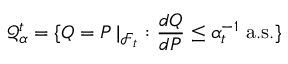
{ \mathcal { Q } } _ { \alpha } ^ { t } = \{ Q = P \, \vert _ { { \mathcal { F } } _ { t } } : { \frac { d Q } { d P } } \leq \alpha _ { t } ^ { - 1 } { \mathrm { ~ a . s . } } \}